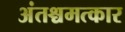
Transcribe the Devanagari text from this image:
अंतश्चमत्कार